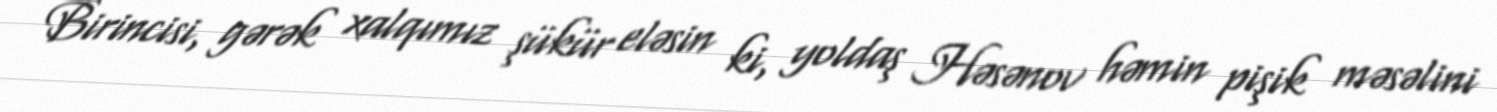
Birincisi, gərək xalqımız şükür eləsin ki, yoldaş Həsənov həmin pişik məsəlini